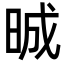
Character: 晠